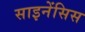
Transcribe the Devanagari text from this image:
साइनेंसिस